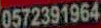
0572391964